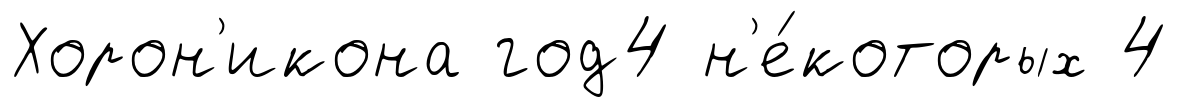
Хорон'икона год4 н'е́которых 4